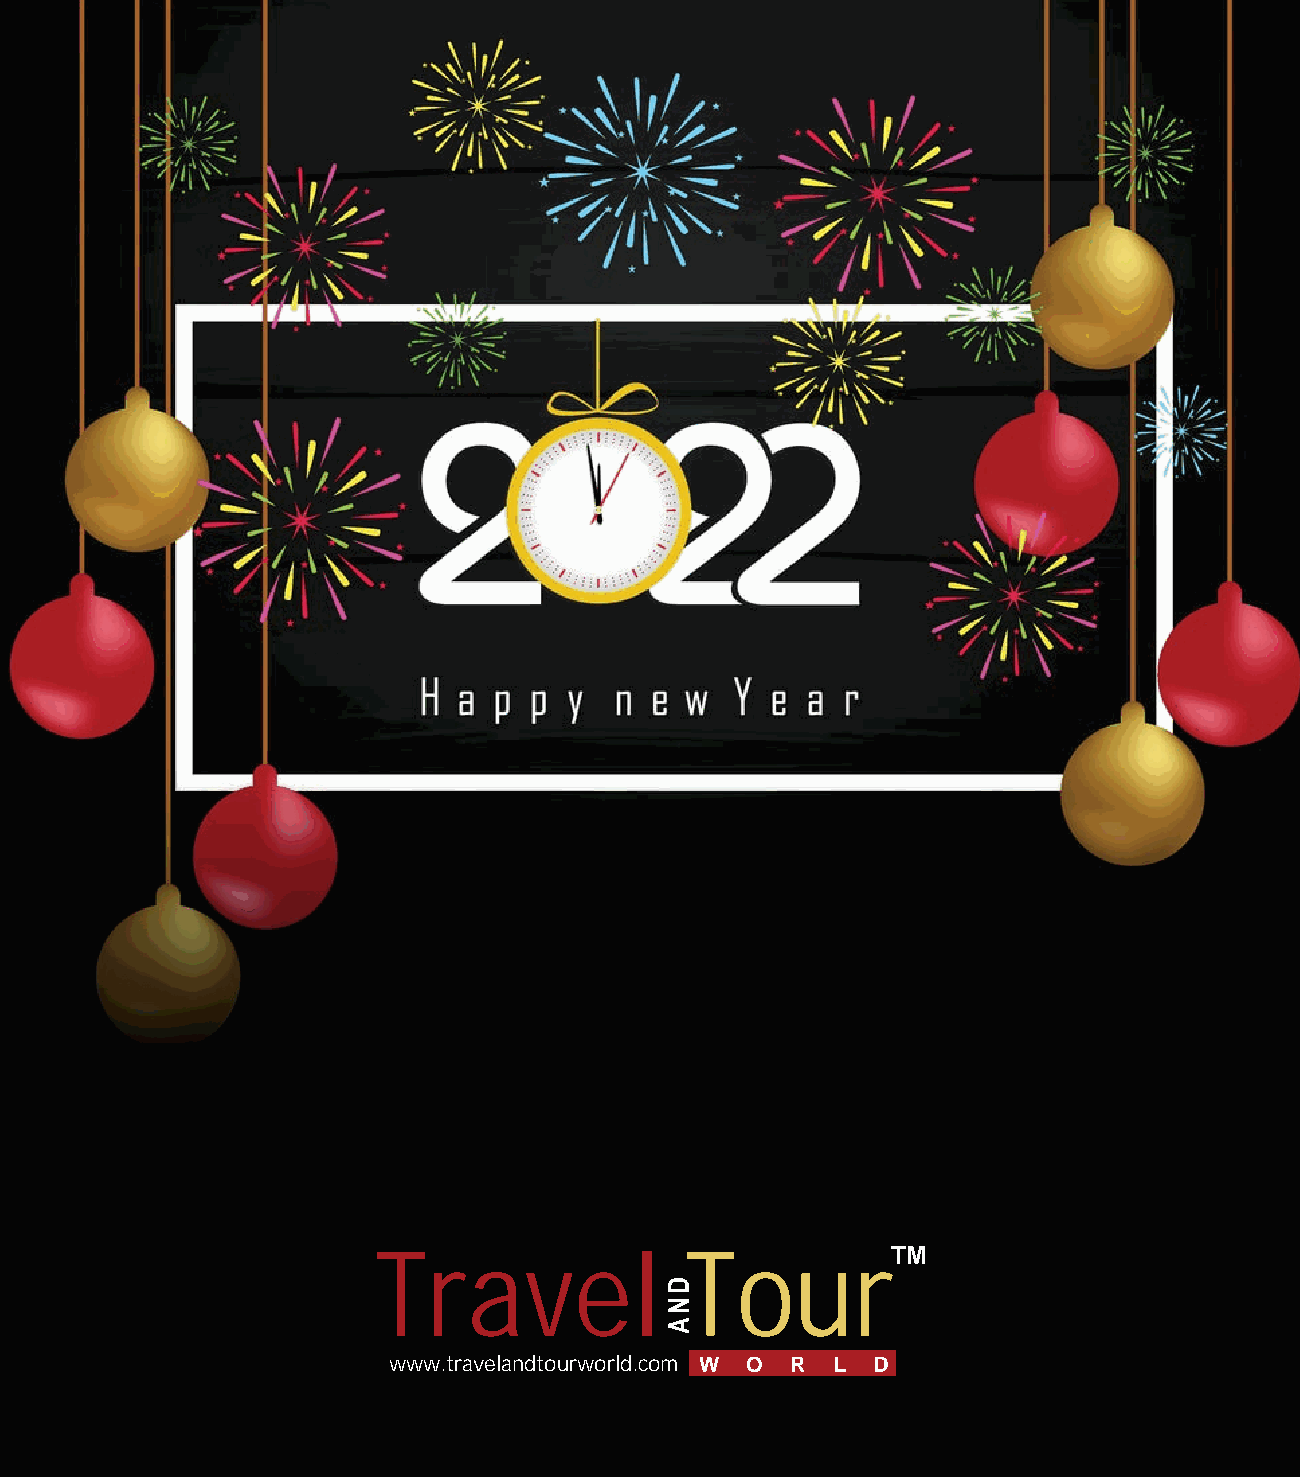
Travel              Tour
 TM
 www.travelandtourworld.com W O R L D
 DNA